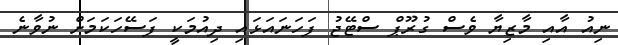
ނިއު އާއި މާޒިޔާ ވެސް ގުރޫޕް ސްޓޭޖު ފަހަނައަޅައި ދިއުމަކީ ފަސޭހަކަމަށް ނުވާނެ